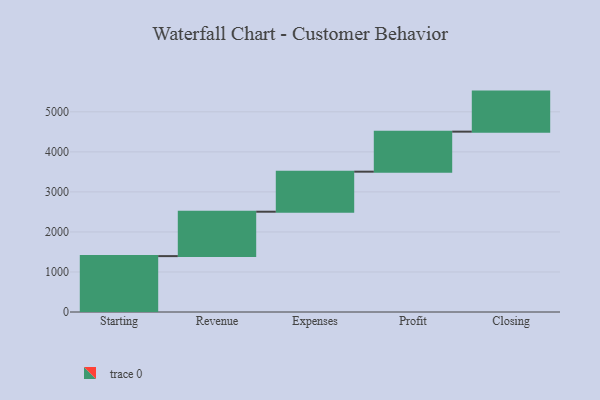
{"axis": {"x": "Step", "y": "Value"}, "legend": [""], "data": [{"x": "Starting", "y": 1396.0, "type": ""}, {"x": "Revenue", "y": 1109.0, "type": ""}, {"x": "Expenses", "y": 1000, "type": ""}, {"x": "Profit", "y": 1000, "type": ""}, {"x": "Closing", "y": 1000, "type": ""}]}